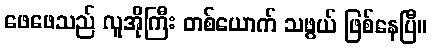
ဖေဖေသည် လူအိုကြီး တစ်ယောက် သဖွယ် ဖြစ်နေပြီ။